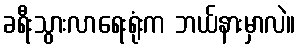
ခရီးသွားလာရေးရုံးက ဘယ်နားမှာလဲ။